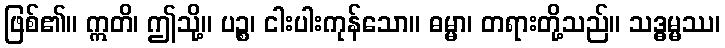
ဖြစ်၏။ ဣတိ၊ ဤသို့။ ပဉ္စ၊ ငါးပါးကုန်သော။ ဓမ္မာ၊ တရားတို့သည်။ သဒ္ဓမ္မဿ၊